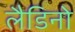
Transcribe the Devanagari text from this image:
लैडिनो